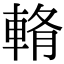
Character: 𨌖